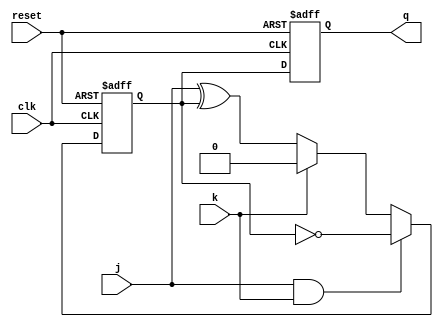
module jk_ff (
    input j, // input J for JK flip-flop
    input k, // input K for JK flip-flop
    input clk, // clock input
    output reg q, // output Q for JK flip-flop
    input reset // asynchronous reset input
);

reg master_latch; // master latch for storing input data
reg slave_output; // final output stored in slave stage

always @ (posedge clk or posedge reset) begin
    if (reset) begin
        master_latch <= 1'b0;
        slave_output <= 1'b0;
    end else begin
        master_latch <= j ^ master_latch;
        if (k) begin
            master_latch <= 1'b0;
        end
        if(j && k) begin
            master_latch <= !master_latch;
        end
        slave_output <= master_latch;
    end
end

assign q = slave_output;

endmodule